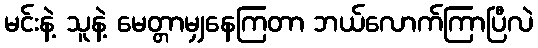
မင်းနဲ့ သူနဲ့ မေတ္တာမျှနေကြတာ ဘယ်လောက်ကြာပြီလဲ